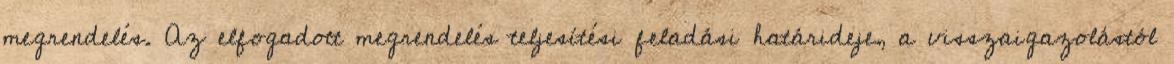
megrendelés. Az elfogadott megrendelés teljesítési feladási határideje, a visszaigazolástól